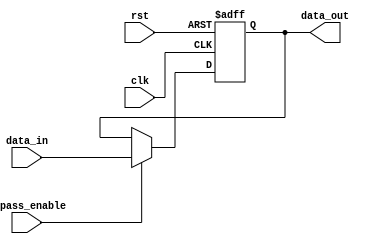
module TimingControlSync (
    input wire clk,
    input wire rst,
    input wire bypass_enable,
    input wire [7:0] data_in,
    output reg [7:0] data_out
);

// Simple Bypass Register
reg [7:0] bypass_register;

// Synchronization and Timing Control
always @(posedge clk or posedge rst) begin
    if (rst) begin
        bypass_register <= 8'b0;
    end else if (bypass_enable) begin
        bypass_register <= data_in;
    end
end

// Assign output data
assign data_out = bypass_register;

endmodule